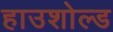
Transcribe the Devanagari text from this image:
हाउशोल्ड